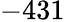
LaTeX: -431